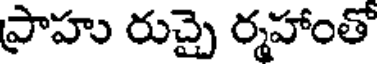
ప్రాహు రుచ్చై ర్మహాంతో